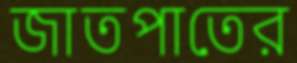
জাতপাতের